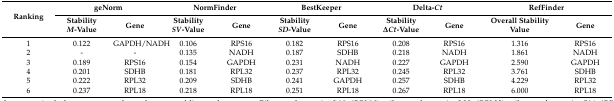
<table><thead><tr><td rowspan="2"><b>Ranking</b></td><td colspan="2"><b>geNorm</b></td><td colspan="2"><b>NormFinder</b></td><td colspan="2"><b>BestKeeper</b></td><td colspan="2"><b>Delta-<i>Ct</i></b></td><td colspan="2"><b>RefFinder</b></td></tr><tr><td><b>Stability <i>M</i>-Value</b></td><td><b>Gene</b></td><td><b>Stability <i>SV</i>-Value</b></td><td><b>Gene</b></td><td><b>Stability <i>SD</i>-Value</b></td><td><b>Gene</b></td><td><b>Stability Δ<i>Ct</i>-Value</b></td><td><b>Gene</b></td><td><b>Overall Stability Value</b></td><td><b>Gene</b></td></tr></thead><tbody><tr><td>1</td><td>0.122</td><td>GAPDH/NADH</td><td>0.106</td><td>RPS16</td><td>0.182</td><td>RPS16</td><td>0.208</td><td>RPS16</td><td>1.316</td><td>RPS16</td></tr><tr><td>2</td><td>-</td><td>-</td><td>0.135</td><td>NADH</td><td>0.187</td><td>SDHB</td><td>0.218</td><td>NADH</td><td>1.861</td><td>NADH</td></tr><tr><td>3</td><td>0.189</td><td>RPS16</td><td>0.154</td><td>GAPDH</td><td>0.231</td><td>NADH</td><td>0.227</td><td>GAPDH</td><td>2.590</td><td>GAPDH</td></tr><tr><td>4</td><td>0.201</td><td>SDHB</td><td>0.181</td><td>RPL32</td><td>0.237</td><td>RPL32</td><td>0.245</td><td>RPL32</td><td>3.761</td><td>SDHB</td></tr><tr><td>5</td><td>0.222</td><td>RPL32</td><td>0.209</td><td>SDHB</td><td>0.241</td><td>GAPDH</td><td>0.257</td><td>SDHB</td><td>4.229</td><td>RPL32</td></tr><tr><td>6</td><td>0.237</td><td>RPL18</td><td>0.218</td><td>RPL18</td><td>0.251</td><td>RPL18</td><td>0.267</td><td>RPL18</td><td>6.000</td><td>RPL18</td></tr></tbody></table>